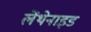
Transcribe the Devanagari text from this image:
लेंथेनाइड